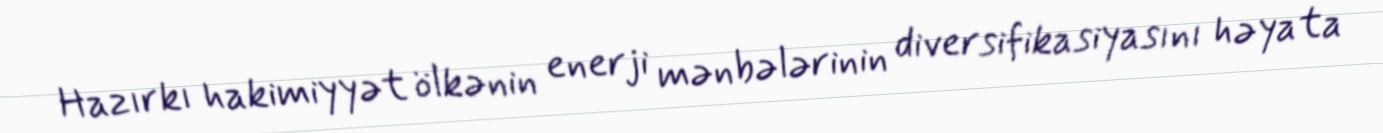
Hazırkı hakimiyyət ölkənin enerji mənbələrinin diversifikasiyasını həyata